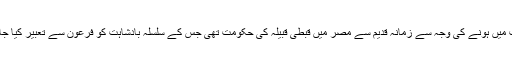
اکثریت میں ہونے کی وجہ سے زمانہِ قدیم سے مصر میں قبطی قبیلہ کی حکومت تھی جس کے سلسلہِ بادشاہت کو فرعون سے تعبیر کیا جاتا ہے۔